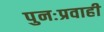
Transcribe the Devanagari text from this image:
पुनःप्रवाही